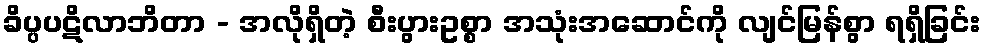
ခိပ္ပပဋိလာဘိတာ - အလိုရှိတဲ့ စီးပွားဥစ္စာ အသုံးအဆောင်ကို လျင်မြန်စွာ ရရှိခြင်း